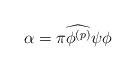
LaTeX: \begin{align*} \alpha = \pi\widehat{\phi^{(p)}}\psi\phi \end{align*}